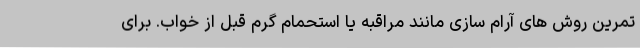
تمرین روش های آرام سازی مانند مراقبه یا استحمام گرم قبل از خواب. برای